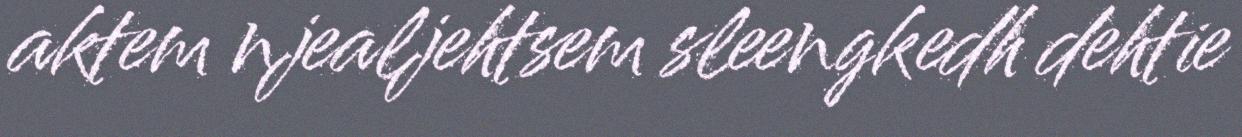
aktem njealjehtsem sleengkedh dehtie